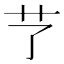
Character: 𦫼